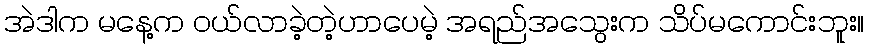
အဲဒါက မနေ့က ဝယ်လာခဲ့တဲ့ဟာပေမဲ့ အရည်အသွေးက သိပ်မကောင်းဘူး။